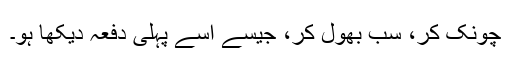
چونک کر، سب بھول کر، جیسے اسے پہلی دفعہ دیکھا ہو۔